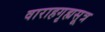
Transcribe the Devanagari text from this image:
वाराहगृह्यसूत्र